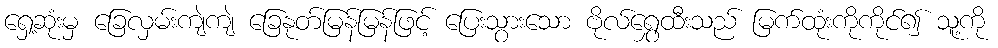
ရှေ့ဆုံးမှ ခြေလှမ်းကျဲကျဲ ခြေနုတ်မြန်မြန်ဖြင့် ပြေးသွားသော ဗိုလ်ရွှေထီးသည် မြက်ထုံးကိုကိုင်၍ သူ့ကို